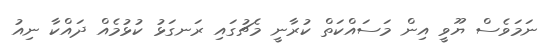
ނަމަވެސް ޔޫވީ އިން މަސައްކަތް ކުރާނީ މެޗުގައި ރަނގަޅު ކުޅުމެއް ދައްކާ ނިއު